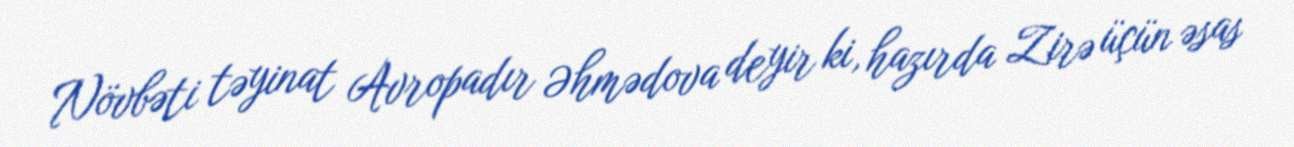
Növbəti təyinat Avropadır Əhmədova deyir ki, hazırda Zirə üçün əsas